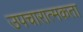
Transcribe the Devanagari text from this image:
उपचारात्मकता